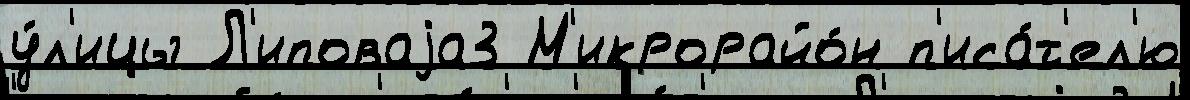
у́л'ицы Л'иповаjа3 М'икрорайо́н п'иса́т'ел'ю